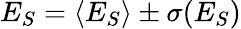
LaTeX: E_{S}=\left<E_{S}\right>\pm\sigma(E_{S})